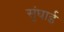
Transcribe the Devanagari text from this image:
सुंघाई